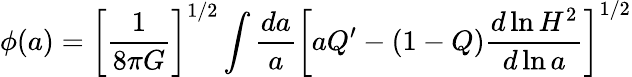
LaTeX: \phi(a)=\left[\frac{1}{8\pi G}\right]^{1/2}\int\frac{da}{a}\left[aQ^{\prime}-(1-Q)\frac{d\ln H^{2}}{d\ln a}\right]^{1/2}